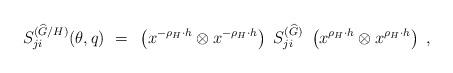
LaTeX: \begin{align*}S^{({\widehat G}/H)}_{ji} (\theta, q) ~=~ \left(x^{-\rho_H \cdot h}\otimes x^{-\rho_H \cdot h} \right) ~ S^{({\widehat G})}_{ji} ~\left(x^{\rho_H \cdot h} \otimes x^{\rho_H \cdot h} \right) \ ,\end{align*}